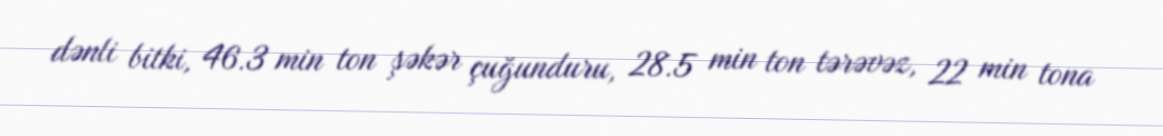
dənli bitki, 46.3 min ton şəkər çuğunduru, 28.5 min ton tərəvəz, 22 min tona